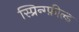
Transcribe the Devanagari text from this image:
स्प्रिन्ग्फ़ील्ड